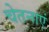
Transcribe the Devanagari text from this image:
चेतनाएं